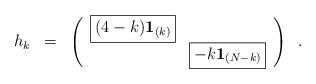
LaTeX: \begin{align*}\begin{array}{ccc}{h}_{k} & = & \left( \begin{array}{cc}{\rm \fbox{$(4-k){\bf 1}_{(k)} $}}& \\ &{\rm \fbox{$ -k {\bf 1}_{(N-k)}$}} \\ \end{array}\right)\\\end{array}\vspace{1.cm} \ . \end{align*}